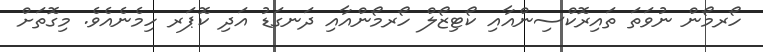
ހޯރމޯން ނުވަތަ ތައިރޮކްސިންއާއި ކޯޓިޒޯލް ހޯރމޯންއާއި ދަނގަޑު އަދި ކޮޕަރ ހިމެނެއެވެ. މިގޮތަށް